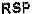
RSP